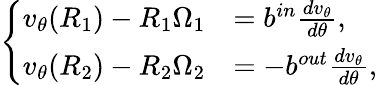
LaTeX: \left\{ \begin{array}{ll}{v_{\theta}(R_{1})-R_{1}\Omega_{1}}&{=b^{in}\frac{dv_{\theta}}{d\theta},}\\ {v_{\theta}(R_{2})-R_{2}\Omega_{2}}&{=-b^{out}\frac{dv_{\theta}}{d\theta},}\end{array}\right.